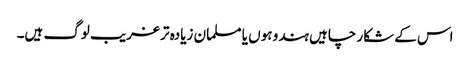
اس کے شکار چاہیں ہندو ہوں یا مسلمان زیادہ تر غریب لوگ ہیں۔